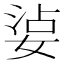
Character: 𡝫